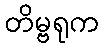
တိမ္ဗရုက